Scientific memoirs by medical officers of the Army of India - Part III,
Year: 1887
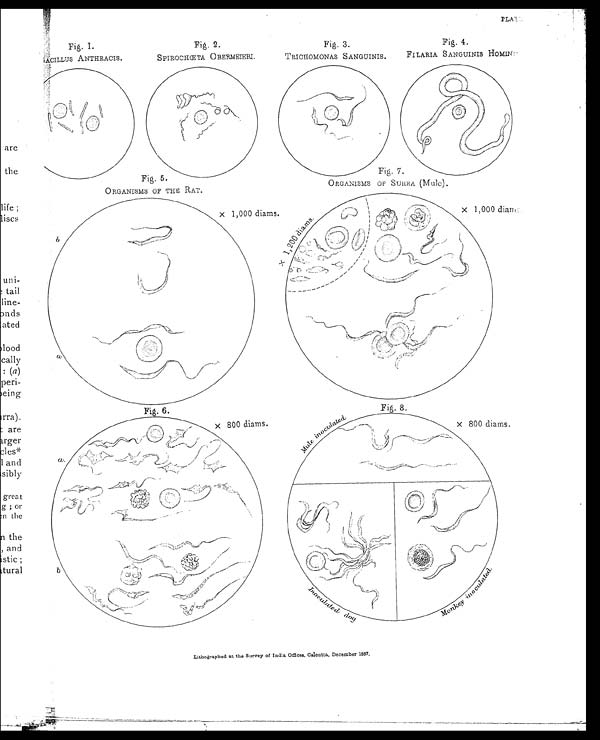
PLATE
Lithographed at the Survey of India Offices, Calcutta, December 1887.